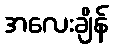
အလေးချိန်